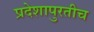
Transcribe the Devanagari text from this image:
प्रदेशापुरतीच